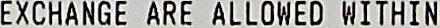
EXCHANGE ARE ALLOWED WITHIN